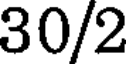
30/2